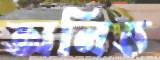
অনিত